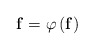
\begin{align*}\mathbf{f}=\varphi \left( \mathbf{f} \right)\end{align*}